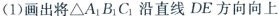
(1)画出将△A_{1}B_{1}C_{1}沿直线DE方向向上